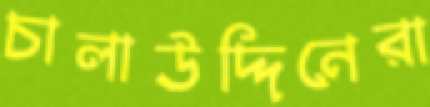
চালাউদ্দিনেরা